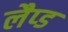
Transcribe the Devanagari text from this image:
लैप्ड